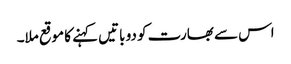
اس سے بھارت کو دو باتیں کہنے کا موقع ملا۔